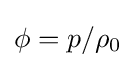
\phi =p/\rho _{0}